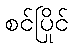
စင်ပြိုင်